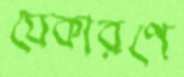
যেকারণে